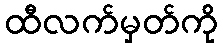
ထီလက်မှတ်ကို